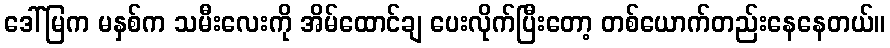
ဒေါ်မြက မနှစ်က သမီးလေးကို အိမ်ထောင်ချ ပေးလိုက်ပြီးတော့ တစ်ယောက်တည်းနေနေတယ်။